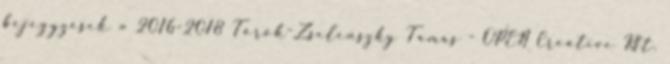
bejegyzések » 2016-2018 Török-Zselenszky Tamás - OPEN Creative Kft.